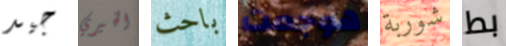
جيد الخيري باحث هوجمت شوربة بط